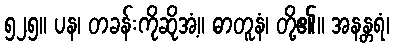
၅၂၅။ ပန၊ တခန်းကိုဆိုအံ့။ ဓာတူနံ၊ တို့၏။ အနန္တရံ၊